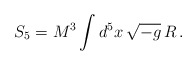
\begin{align*}S_5=M^3\int d^5 x\,\sqrt{-g}\,R\,.\end{align*}